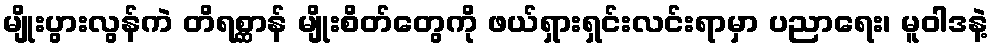
မျိုးပွားလွန်ကဲ တိရစ္ဆာန် မျိုးစိတ်တွေကို ဖယ်ရှားရှင်းလင်းရာမှာ ပညာရေး၊ မူဝါဒနဲ့